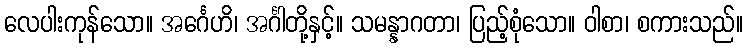
လေပါးကုန်သော။ အင်္ဂေဟိ၊ အင်္ဂါတို့နှင့်။ သမန္နာဂတာ၊ ပြည့်စုံသော။ ဝါစာ၊ စကားသည်။